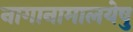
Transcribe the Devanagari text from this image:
नागानामालयेषु